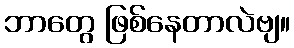
ဘာတွေ ဖြစ်နေတာလဲဗျ။